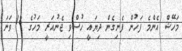
މަހޭޝް އެންމެ ފަހުން ފެނިގެން ދިޔައީ ހުސްވި ޖެނުއަރީ މަހުގެ 18 ވަނަ